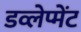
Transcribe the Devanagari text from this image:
डव्लेप्मेंट